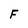
Character: F